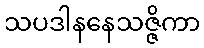
သပဒါနနေသဇ္ဇိကာ